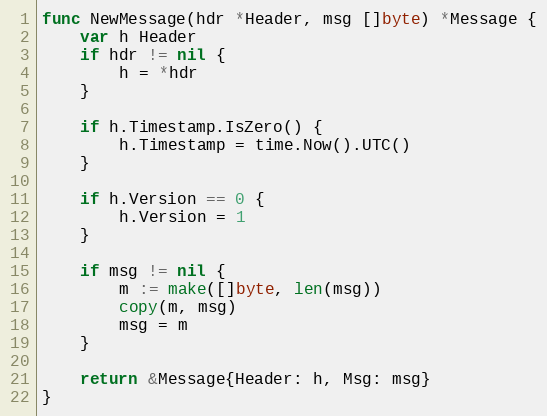
Language: Go
func NewMessage(hdr *Header, msg []byte) *Message {
	var h Header
	if hdr != nil {
		h = *hdr
	}

	if h.Timestamp.IsZero() {
		h.Timestamp = time.Now().UTC()
	}

	if h.Version == 0 {
		h.Version = 1
	}

	if msg != nil {
		m := make([]byte, len(msg))
		copy(m, msg)
		msg = m
	}

	return &Message{Header: h, Msg: msg}
}